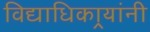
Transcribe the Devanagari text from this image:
विद्याधिकार्‍यांनी